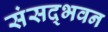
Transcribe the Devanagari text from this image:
संसद्भवन